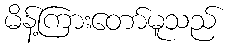
မိန့်ကြားတော်မူသည်